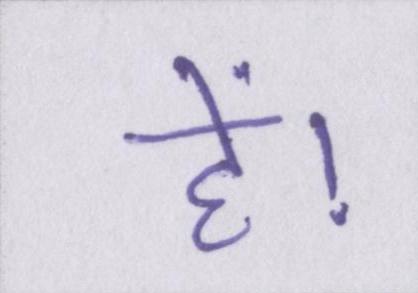
हें।